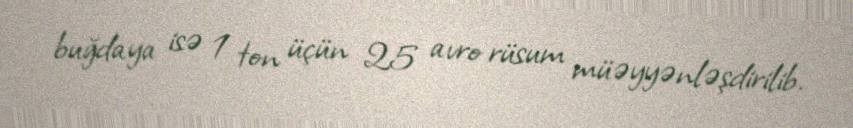
buğdaya isə 1 ton üçün 25 avro rüsum müəyyənləşdirilib.